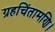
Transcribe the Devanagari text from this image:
ग्रहचिंतामणि।